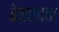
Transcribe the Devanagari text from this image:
रेखाटता